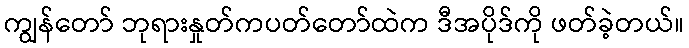
ကျွန်တော် ဘုရားနှုတ်ကပတ်တော်ထဲက ဒီအပိုဒ်ကို ဖတ်ခဲ့တယ်။